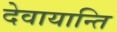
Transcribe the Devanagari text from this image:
देवायान्ति